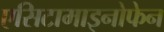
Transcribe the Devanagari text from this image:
एसिटामाइनोफेन